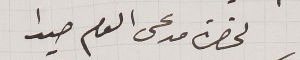
لحضرة مدعى العام صيدا